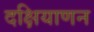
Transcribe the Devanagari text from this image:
दक्षियाणन